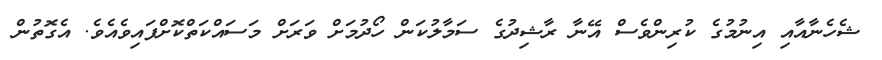
ޝެހެނާއާއި އިނުމުގެ ކުރިންވެސް އޭނާ ރާޝިދުގެ ސަމާލުކަން ހޯދުމަށް ވަރަށް މަސައްކަތްކޮށްފައިވެއެވެ. އެގޮތުން